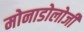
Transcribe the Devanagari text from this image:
मोनाडोलोजी